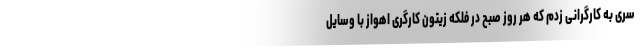
سری به کارگرانی زدم که هر روز صبح در فلکه زیتون کارگری اهواز با وسایل